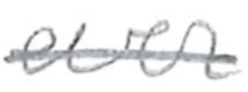
Text: ever
Cross-out: single-line
Writing tool: pencil